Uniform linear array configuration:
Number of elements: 24
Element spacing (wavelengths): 1
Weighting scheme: blackman
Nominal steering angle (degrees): -15
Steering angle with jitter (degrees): -16.929
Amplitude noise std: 0.05
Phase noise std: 0.05

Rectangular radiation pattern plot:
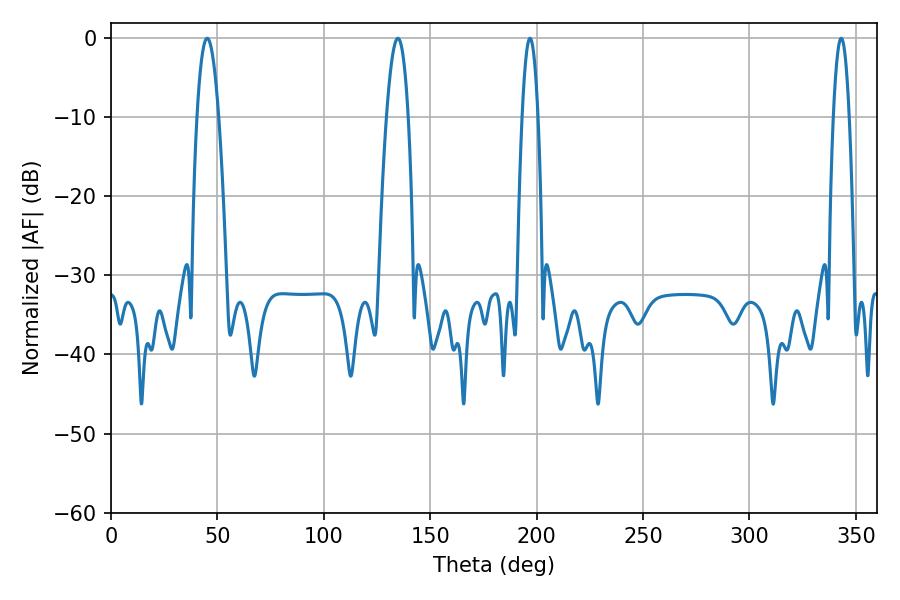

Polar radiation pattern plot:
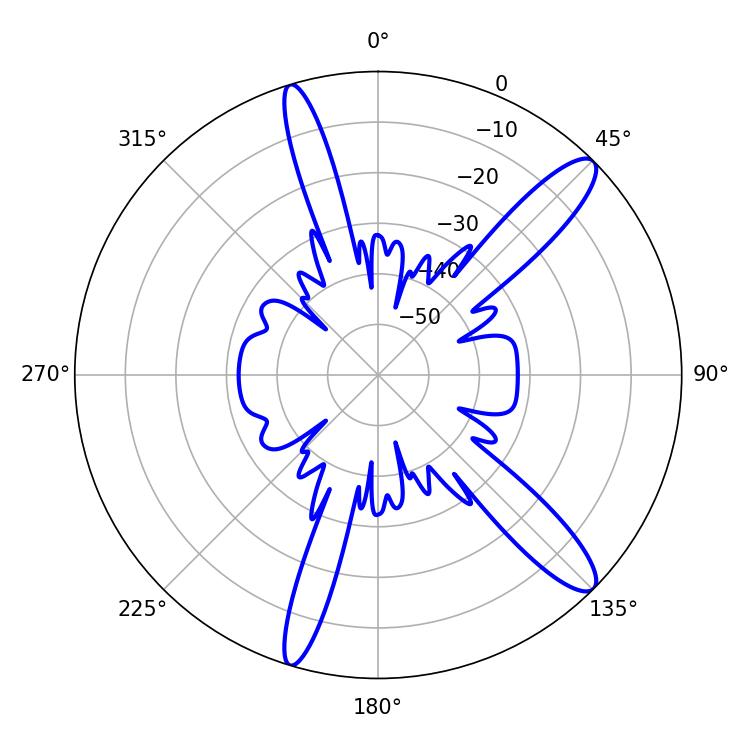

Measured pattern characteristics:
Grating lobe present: TRUE
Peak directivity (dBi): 12.781
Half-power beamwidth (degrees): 5.58
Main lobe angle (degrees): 45.18